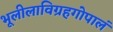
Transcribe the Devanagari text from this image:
भूलीलाविग्रहगोपालं